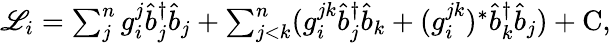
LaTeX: \begin{array}{r}{\mathscr{L}_{i}=\sum_{j}^{n}g_{i}^{j}\hat{b}_{j}^{\dagger}\hat{b}_{j}+\sum_{j<k}^{n}(g_{i}^{jk}\hat{b}_{j}^{\dagger}\hat{b}_{k}+(g_{i}^{jk})^{*}\hat{b}_{k}^{\dagger}\hat{b}_{j})+\mathrm{C},}\end{array}